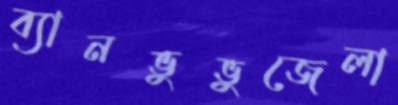
ব্যানভুভুজেলা